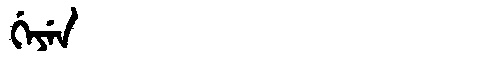
Manchu: ᡤᡝᠶᡝᠨ
Romanization: GEYEN